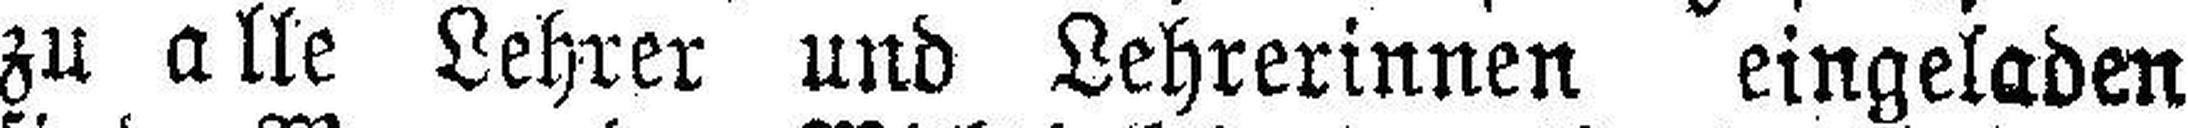
zu alle Lehrer und Lehrerinnen eingeladen